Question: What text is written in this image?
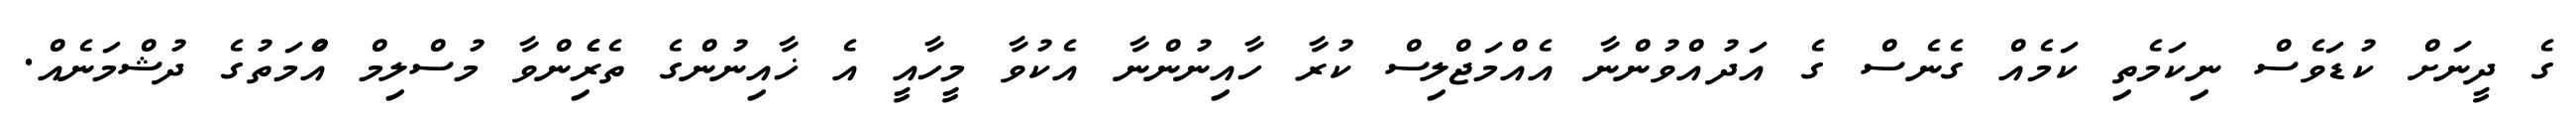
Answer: ގެ ދީނަށް ކުޑަވެސް ނިކަމެތި ކަމެއް ގެނެސް ގެ އަދުއްވުންނާ އެއްމަޖްލިސް ކުރާ ހާއިނުންނާ އެކުވާ މީހާއީ އެ ޚާއިނުންގެ ތެރެެިންވާ މުސްލިމް އުެްމަތުގެ ދުޝްމަނެއް.